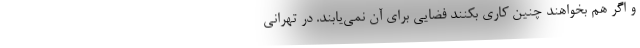
و اگر هم بخواهند چنین کاری بکنند فضایی برای آن نمی‌یابند. در تهرانی